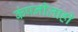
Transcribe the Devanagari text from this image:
कंपनीलाही